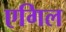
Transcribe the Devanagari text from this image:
एगिल